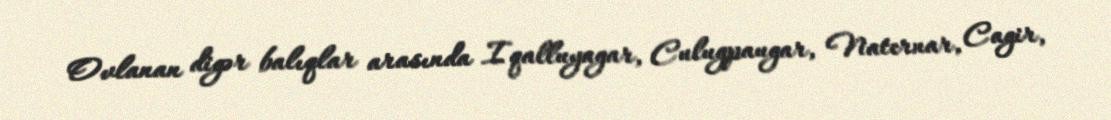
Ovlanan digər balıqlar arasında Iqalluyagar, Culugpaugar, Naternar, Cagir,